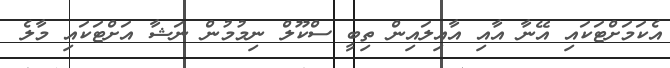
އެކަމަށްޓަކައި އޭނާ އާއި އާއިލައިން ތިބީ ސްކޫލް ނިމުމުން ނަޝާ އަށްޓަކައި މާލެ